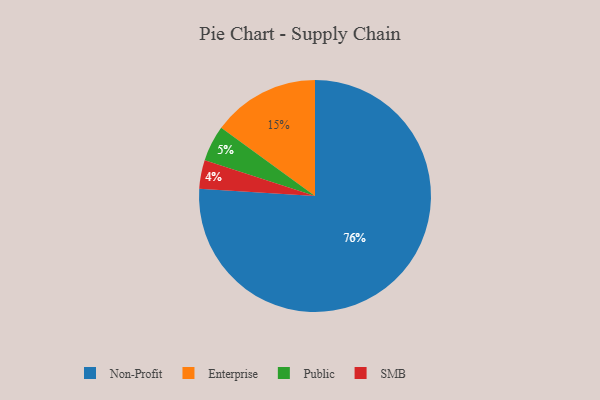
{"axis": {"x": "Category", "y": "Percentage"}, "legend": ["Enterprise", "Non-Profit", "Public", "SMB"], "data": [{"x": "Enterprise", "y": 15, "type": "Enterprise"}, {"x": "SMB", "y": 4, "type": "SMB"}, {"x": "Public", "y": 5, "type": "Public"}, {"x": "Non-Profit", "y": 76, "type": "Non-Profit"}]}